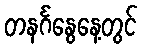
တနင်္ဂနွေနေ့တွင်